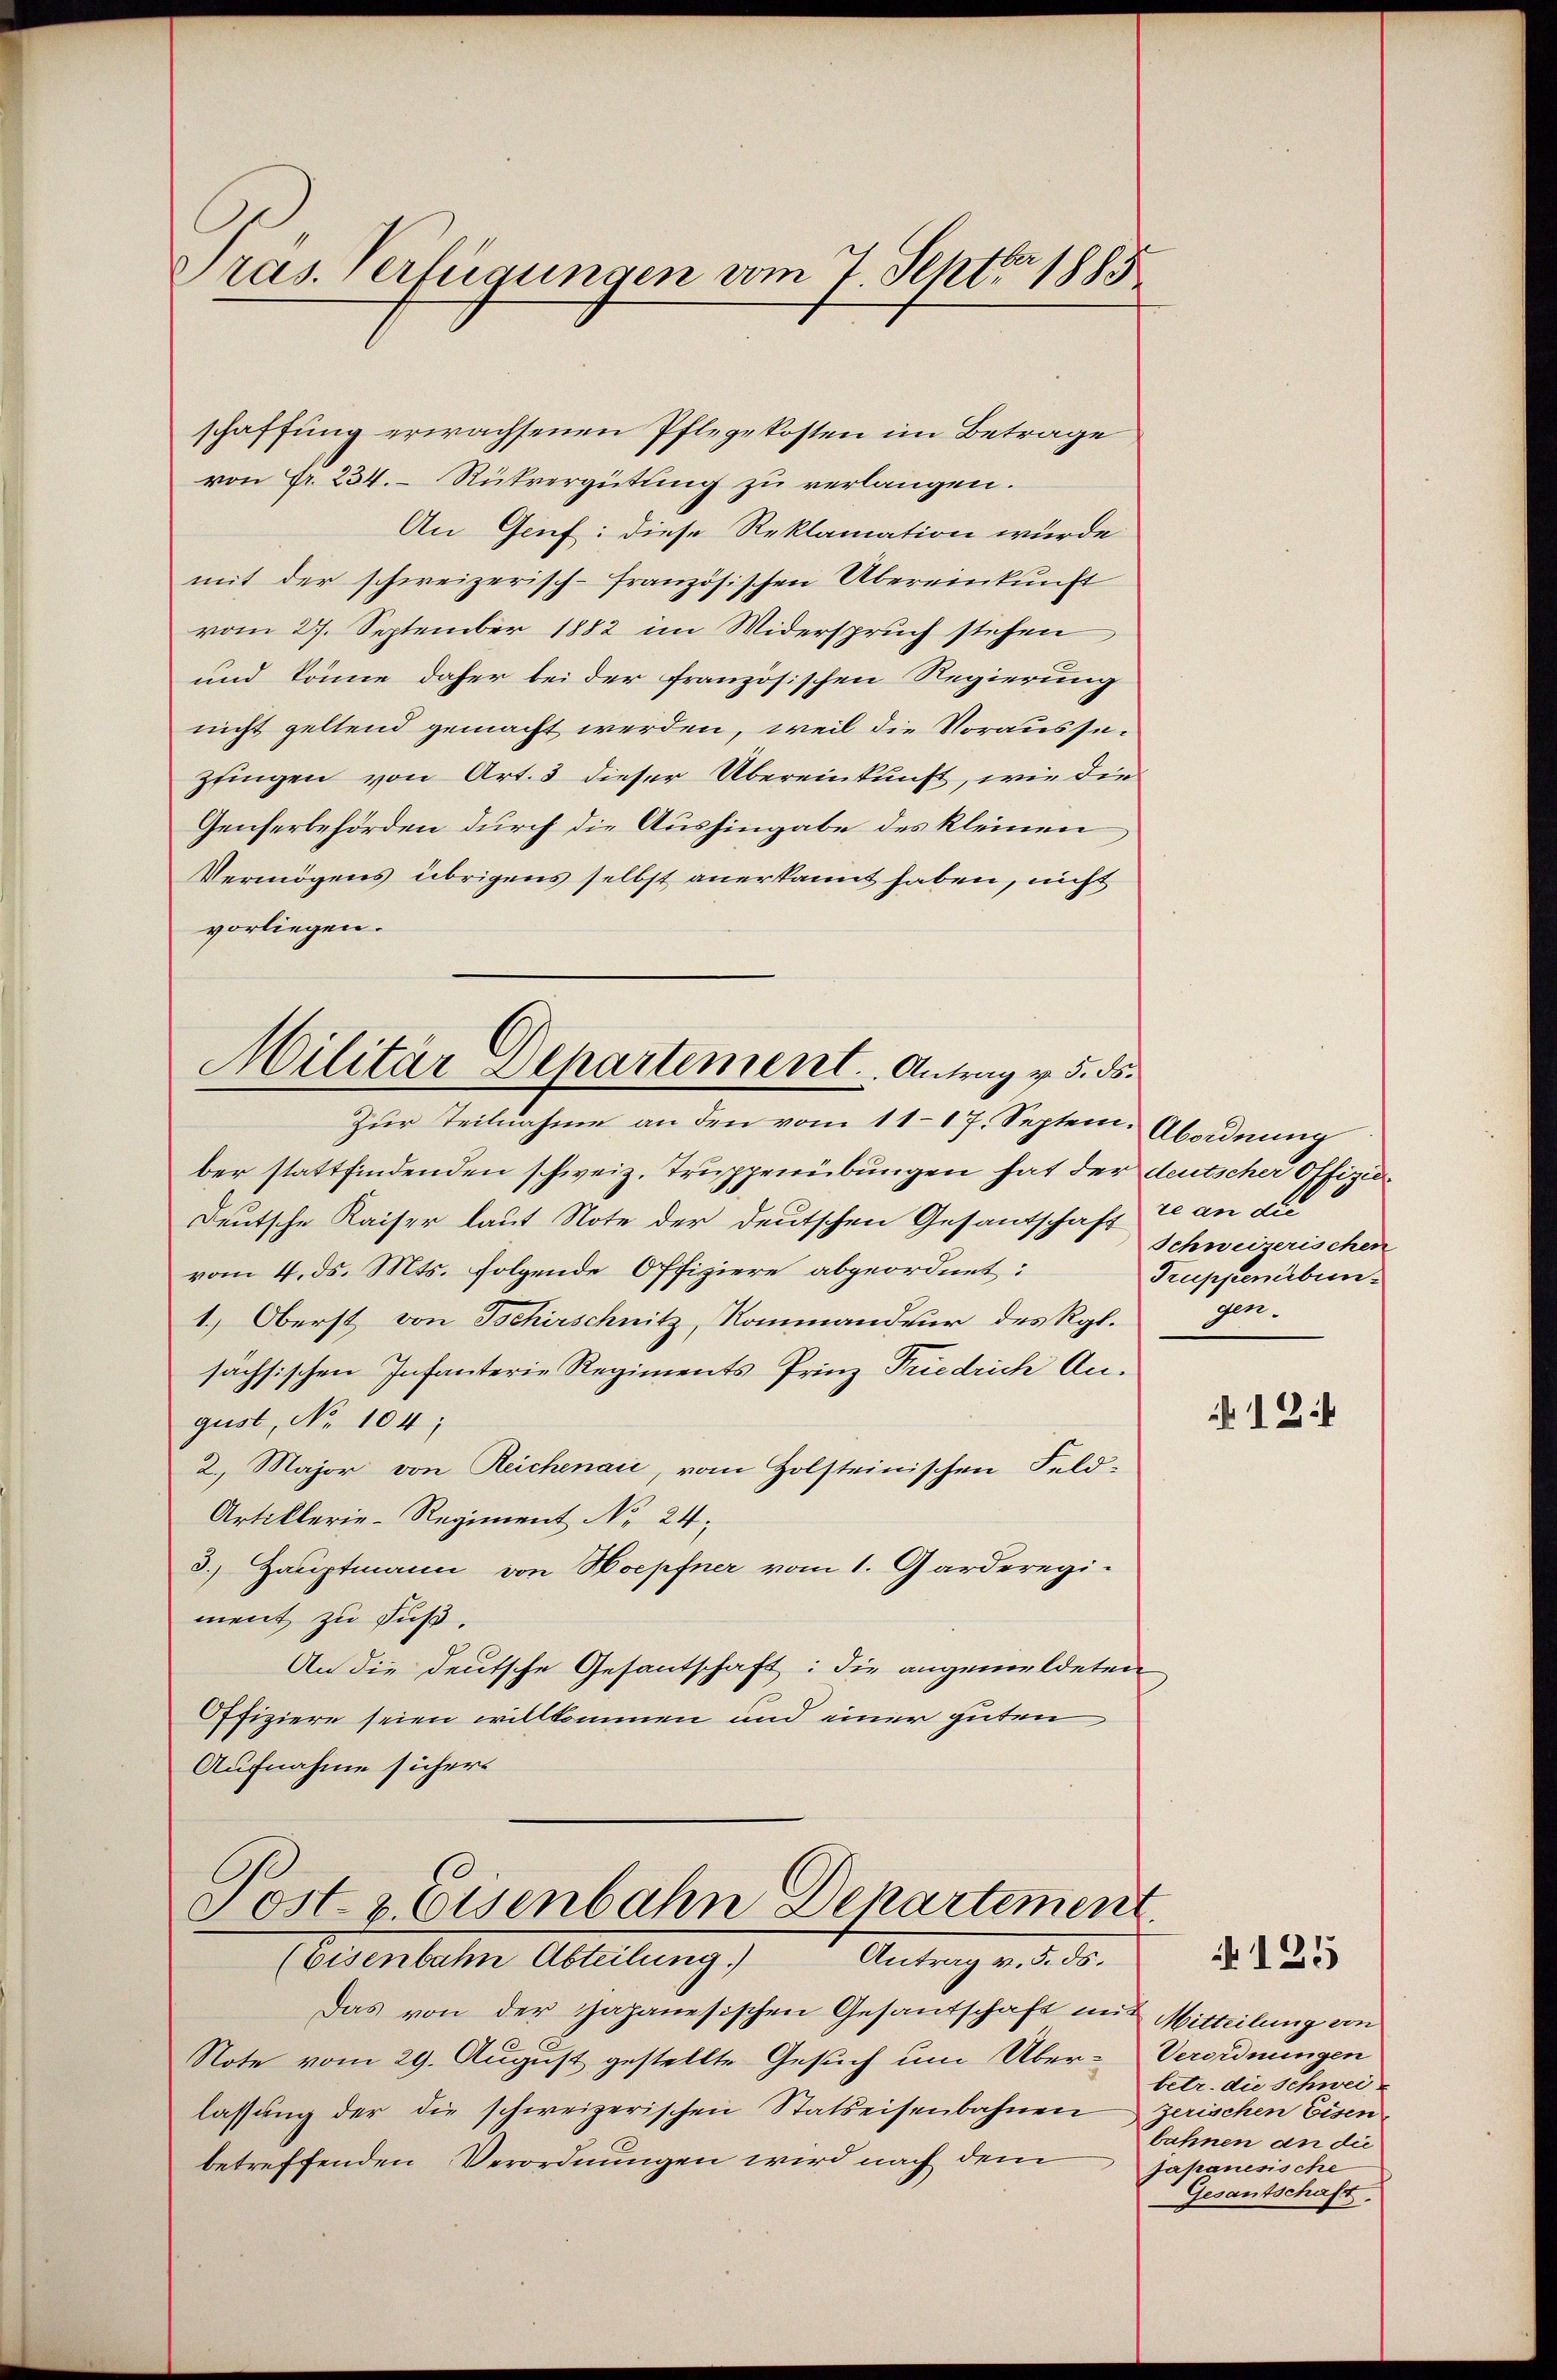
Pras. Verfügungen vom 7. Septbr 1885

Militär Departement.   Antrag v. 5. ds.

schaffung erwachsenen Pflegekosten im Betrage
von Fr. 234. Rückvergütung zu verlangen.
An Gruf: diese Reklamation wurde
mit der schweizerisch-französischen Übereinkunft
vom 27. September 1882 im Widerspruch stehen
und könne daher bei der französischen Regierung
nicht geltend gemacht werden, weil die Voraussezuingen von Art. 3 dieser Übereinkunft, wie die
Genherbehörden durch die Aushingabe des kleinen
Vermögens übrigens selbst anerkannt haben, nicht
vorliegen.
Zur Teilnahme an den vom 11–17. Septem Abordnung
ber stattfindenden schweiz. Truppenübungen hat der deutscher Offizia¬
Deutsche Kaiser laut Note der deutschen Gesandschaft de an die
vom 4. ds. Mts. folgende Offiziere abgeordnet:
1.) Oberst von Tschirschnitz, Kommandeur des Rgl.
sächsischen Infanterie Regiments Prinz Friedrich Angust, No 104;
2. Major von Reichenau, vom Holsteinischen Feld-
Artiklerie-Regiment No 24;
3.) Hauptmann von Hoepfner vom 1. Garderegi-
ment zu Fuß.
An die deutsche Gesantschaft: die angemeldeten
Offiziere seien willkommen und einer guten
Aufnahme sichers
Post & Eisenbahn Departement.
Antrag v. 5. ds.
Cettenbeten Abteilung
Das von der Japanesischen Gesandtschaft mit Mitteilung von
Note vom 29. August gestellte Gesuch um Über-Verordnungen
lassŭng der die schweizerischen Statteisenbahnen
betreffenden Verordnungen wird nach dem

Schweizerischen
Truppenbungen.

12

No. 125

betr. die Schweizerischen Eisen
bahnen an die
japanesische
Gesantschaft,